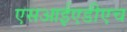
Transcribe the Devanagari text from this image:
एसआईएडीएच